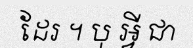
ដែរ ។ បុ អ្វី ជា